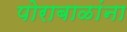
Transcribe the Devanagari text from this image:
पोराबाळांना